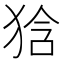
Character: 𤞻